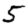
Digit: 5